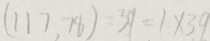
( 1 1 7 , 7 8 ) 3 9 = 1 \times 3 9